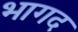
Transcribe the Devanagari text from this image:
भागद